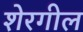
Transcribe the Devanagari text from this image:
शेरगील